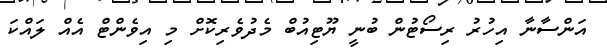
އަންސާނާ އިހުރު ރިސޯޓުން ބުނީ ޔޫޓިއުބް މެދުވެރިކޮށް މި އިވެންޓް އެއް ލައްކަ